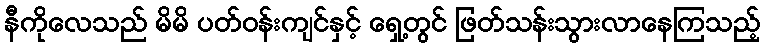
နီကိုလေသည် မိမိ ပတ်ဝန်းကျင်နှင့် ရှေ့တွင် ဖြတ်သန်းသွားလာနေကြသည့်